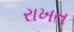
રાખત